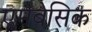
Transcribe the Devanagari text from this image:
एमबेसिक